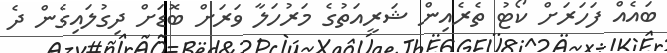
ބައެއް ފަހަރަށް ކޯޓު ތެރެއިން ޝަރީއަތުގެ މަރުހަލާ ވަރަށް ބޮޑަށް ދިގުލައިގެން ދެ